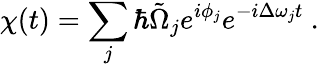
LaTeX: \chi(t)=\sum_{j}\hbar\tilde{\Omega}_{j}e^{i\phi_{j}}e^{-i\Delta\omega_{j}t}\ .